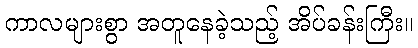
ကာလများစွာ အတူနေခဲ့သည့် အိပ်ခန်းကြီး။